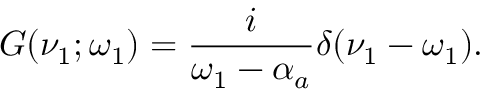
G ( \nu _ { 1 } ; \omega _ { 1 } ) = \frac { i } { \omega _ { 1 } - \alpha _ { a } } \delta ( \nu _ { 1 } - \omega _ { 1 } ) .